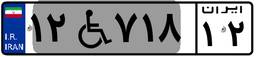
۱۲W۷۱۸۱۲